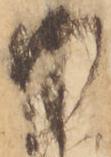
御